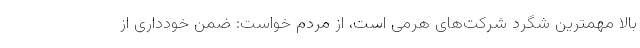
بالا مهمترین شگرد شرکت‌های هرمی است، از مردم خواست: ضمن خودداری از